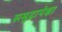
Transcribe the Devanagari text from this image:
समुद्रापेक्षा